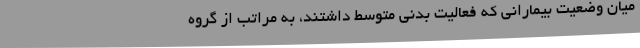
میان وضعیت بیمارانی که فعالیت بدنی متوسط داشتند، به مراتب از گروه